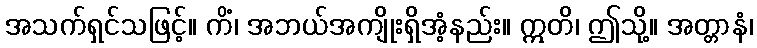
အသက်ရှင်သဖြင့်။ ကိံ၊ အဘယ်အကျိုးရှိအံ့နည်း။ ဣတိ၊ ဤသို့။ အတ္တာနံ၊